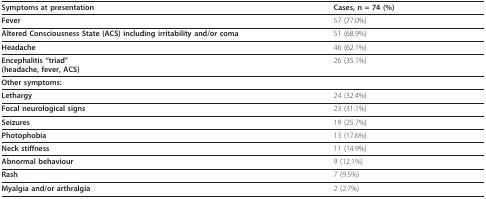
| Symptoms at presentation | Cases, n = 74 (%) |
 | --- | --- |
 | Fever | 57 (77.0%) |
 | Altered Consciousness State (ACS) including irritability and/or coma | 51 (68.9%) |
 | Headache | 46 (62.1%) |
 | Encephalitis "triad"(headache, fever, ACS) | 26 (35.1%) |
 | <COLSPAN=2> Other symptoms: |
 | Lethargy | 24 (32.4%) |
 | Focal neurological signs | 23 (31.1%) |
 | Seizures | 19 (25.7%) |
 | Photophobia | 13 (17.6%) |
 | Neck stiffness | 11 (14.9%) |
 | Abnormal behaviour | 9 (12.1%) |
 | Rash | 7 (9.5%) |
 | Myalgia and/or arthralgia | 2 (2.7%) |